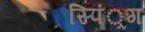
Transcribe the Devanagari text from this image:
स्पिं्रग